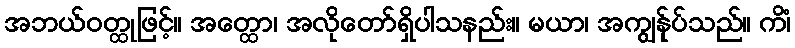
အဘယ်ဝတ္ထုဖြင့်။ အတ္ထော၊ အလိုတော်ရှိပါသနည်း။ မယာ၊ အကျွန်ုပ်သည်။ ကိံ၊